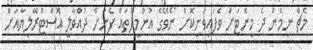
މެޗް ނިމެން ދެ މިނެޓަށް ވެފައިވަނިކޮށް ނޯވޭގެ އުންމީދުތައް ފެނަށް ދުއްވާލީ އޮސްޓްރޭލިޔާއަށް